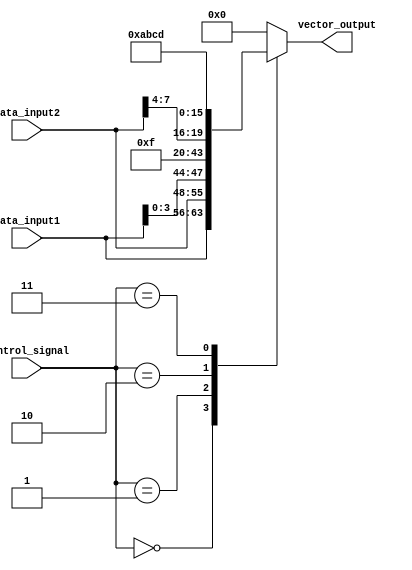
module VectorContinuousAssignment (
    input wire [3:0] control_signal,    // 4-bit control signal
    input wire [7:0] data_input1,       // 8-bit input vector 1
    input wire [7:0] data_input2,       // 8-bit input vector 2
    output reg [15:0] vector_output      // 16-bit vector output
);

// Continuous assignment through an always block
always @(*) begin
    // Conditional logic to assign the vector output
    case (control_signal)
        4'b0000: vector_output = {data_input1, data_input2};  // Concatenation of two 8-bit inputs
        4'b0001: vector_output = {data_input1[3:0], 12'b0000}; // Slice top 4 bits from data_input1 & zero pad
        4'b0010: vector_output = {4'b1111, data_input2[7:4]}; // Set top 4 bits to 1 and take top 4 bits of data_input2
        4'b0011: vector_output = 16'hABCD;                       // Assign a constant value
        default: vector_output = 16'b0;                         // Default case
    endcase
end

endmodule